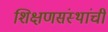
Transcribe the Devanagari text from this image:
शिक्षणसंस्थांची